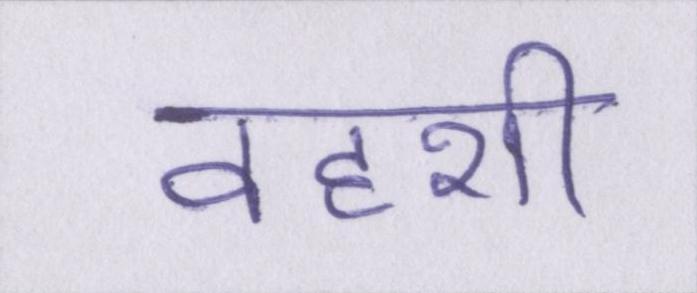
वहशी